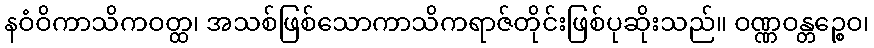
နဝံဝိကာသိကဝတ္ထ၊ အသစ်ဖြစ်သောကာသိကရာဇ်တိုင်းဖြစ်ပုဆိုးသည်။ ဝဏ္ဏဝန္တဉ္စေဝ၊